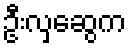
ဦးလှဆွေက